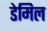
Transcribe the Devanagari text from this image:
डेमिल